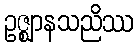
ဥဇ္ဈာနသညိဿ